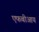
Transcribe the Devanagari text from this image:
एफबीआय